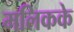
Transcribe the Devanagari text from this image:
मलिकके